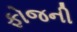
ફોજની